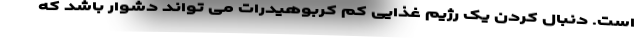
است. دنبال کردن یک رژیم غذایی کم کربوهیدرات می تواند دشوار باشد که